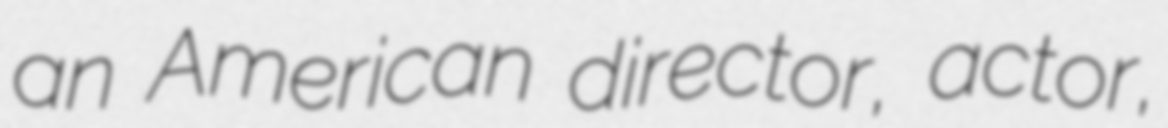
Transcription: an American director, actor,